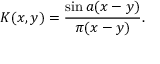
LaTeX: K ( x , y ) = { \frac { \sin a ( x - y ) } { \pi ( x - y ) } } .